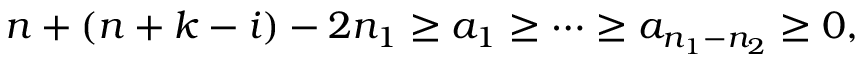
n + ( n + k - i ) - 2 n _ { 1 } \geq a _ { 1 } \geq \cdots \geq a _ { n _ { 1 } - n _ { 2 } } \geq 0 ,